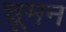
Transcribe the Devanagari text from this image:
चूमन